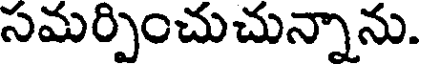
సమర్పించుచున్నాను.